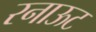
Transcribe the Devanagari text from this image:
रनाऊट